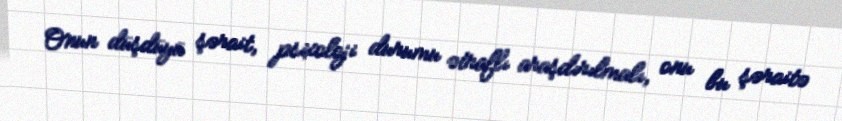
Onun düşdüyü şərait, psixoloji durumu ətraflı araşdırılmalı, onu bu şəraitə